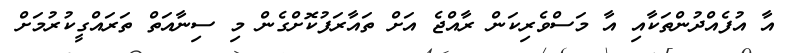
އާ އުފެއްދުންތަކާއި އާ މަސްވެރިކަން ރާއްޖެ އަށް ތައާރަފުކޮށްގެން މި ސިނާއަތް ތަރައްގީކުރުމަށް